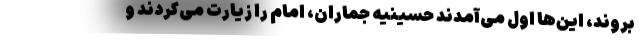
بروند، این‌ها اول می‌آمدند حسینیه جماران، امام را زیارت می‌کردند و